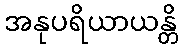
အနုပရိယာယန္တိ